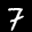
Label: 7